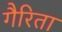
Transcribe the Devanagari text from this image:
गैरिता